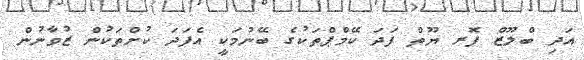
އަދި ބްލޫޒް ފޮރ ޔޫތް ފަދަ ކޭމްޕްތަކުގެ ބޭނުމަކީ އެފަދަ ކުށްތަކުން ޒުވާނުން